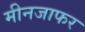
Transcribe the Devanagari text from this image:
मीनजाफर